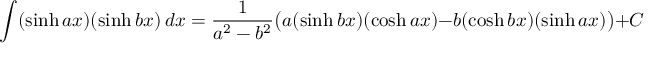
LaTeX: \int ( \sinh a x ) ( \sinh b x ) \, d x = { \frac { 1 } { a ^ { 2 } - b ^ { 2 } } } { \big ( } a ( \sinh b x ) ( \cosh a x ) - b ( \cosh b x ) ( \sinh a x ) { \big ) } + C \qquad { \mathrm { ( f o r ~ } } a ^ { 2 } \neq b ^ { 2 } { \mathrm { ) } }